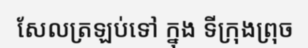
សែលត្រឡប់ទៅ ក្នុង ទីក្រុងព្រុច